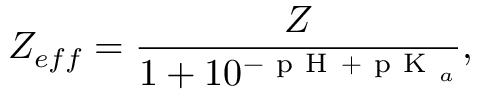
Z _ { e f f } = \frac { Z } { 1 + 1 0 ^ { - \mathrm { ~ p ~ H ~ } + \mathrm { ~ p ~ K ~ } _ { a } } } ,